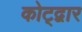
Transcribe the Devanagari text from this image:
कोट्द्वार